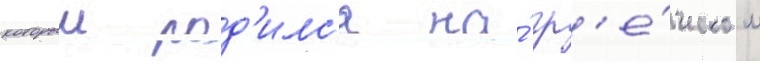
которыи род'илс'я на́ гр'е́ческом